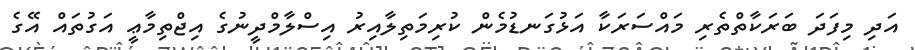
އަދި މިފަދަ ބަރަކާތްތެރި މައްސަރަކާ އަޅުގަނޑުމެން ކުރިމަތިލާއިރު އިސްލާމްދީނުގެ އިޖްތިމާޢީ އަގުތައް އޭގެ